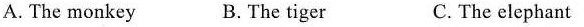
A. The monkey B. The tiger C. The elephant